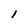
Character: l